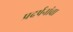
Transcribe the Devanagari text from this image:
प्रदर्षनांचा